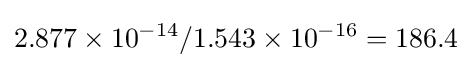
2.877\times 10^{-14}/1.543\times 10^{-16}=186.4